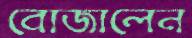
বোজালেন